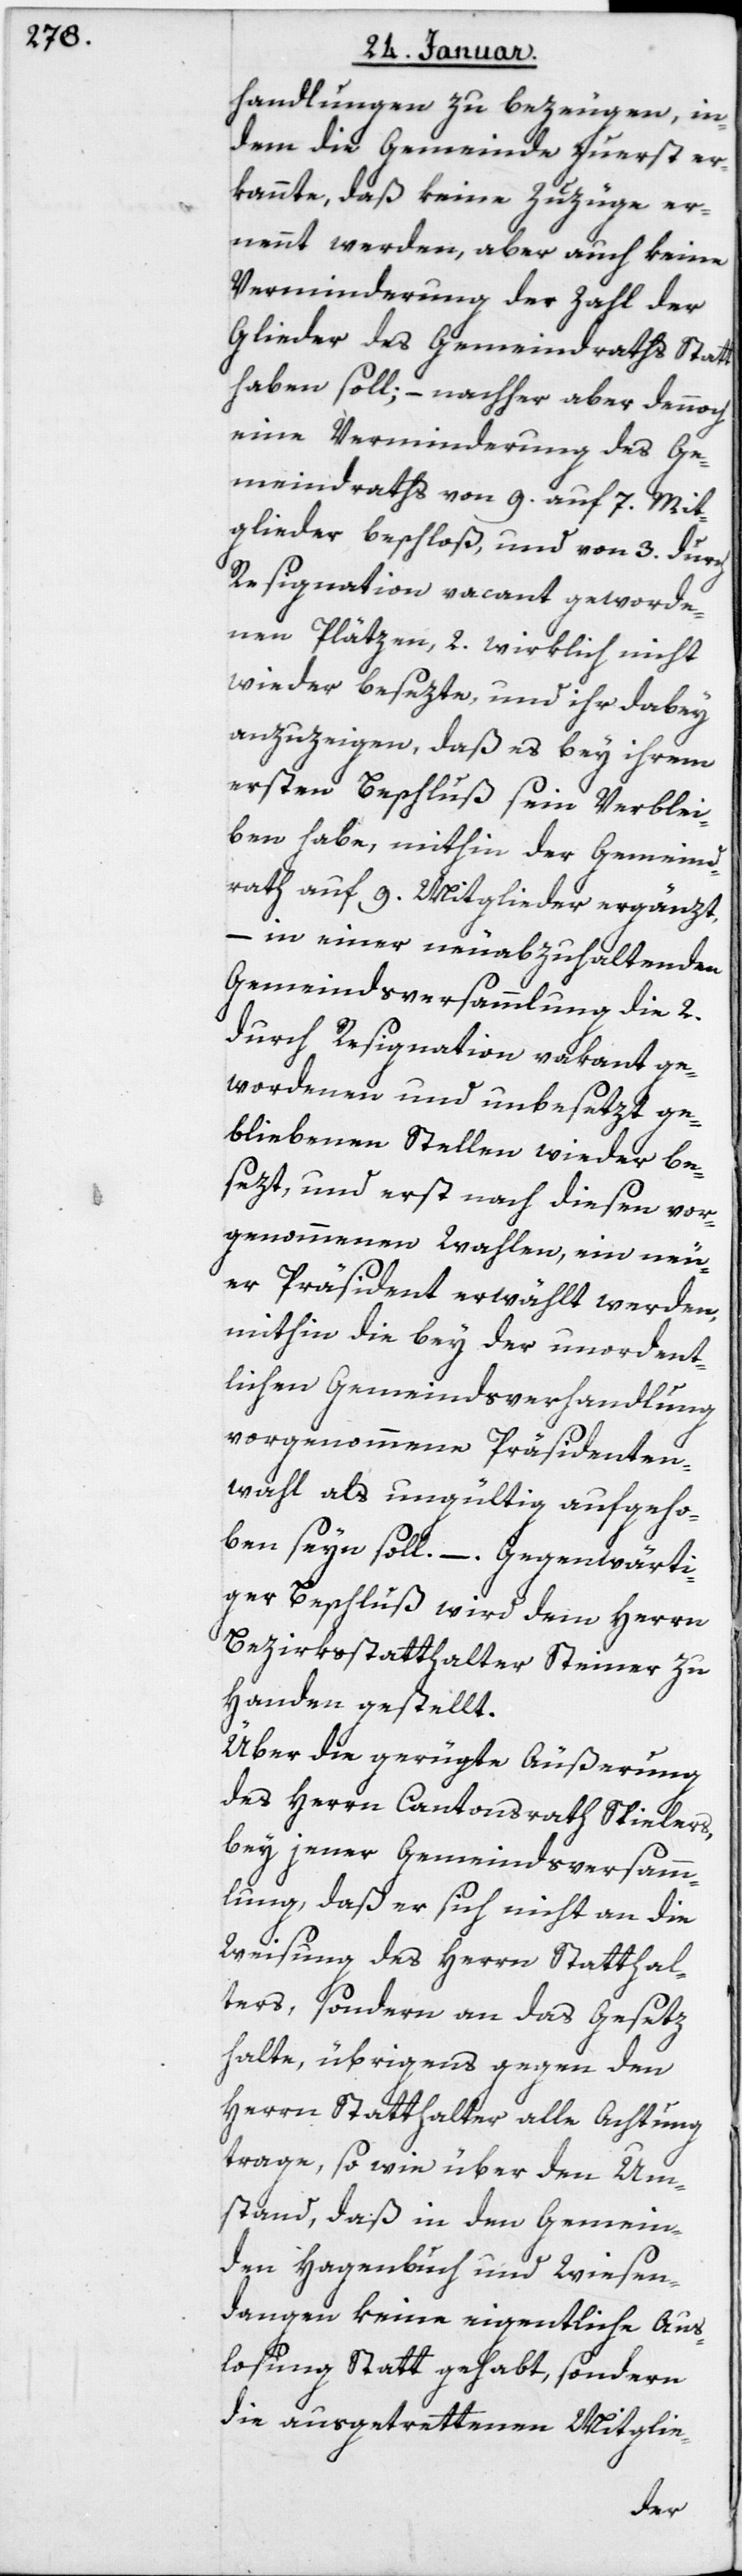
handlungen zu bezeugen, in¬
dem die Gemeinde zuerst er¬
kannte, daß keine Zuzüge er¬
nennt werden, aber auch keine
Verminderung der Zahl der
Glieder des Gemeindraths Statt
haben soll; – nachher aber dennoch
eine Verminderung des Ge¬
meindraths von 9 auf 7 Mit¬
glieder beschloß, und von 3 durch
Resignation vacant geworde¬
nen Plätzen 2 wirklich nicht
wieder besezte, und ihr dabey
anzuzeigen, daß es bey ihrem
ersten Beschluß sein Verblei¬
ben habe, mithin der Gemeind¬
rath auf 9 Mitglieder ergänzt,
– in einer neu abzuhaltenden
Gemeindsversammlung die 2
durch Resignation vakant ge¬
wordenen und unbesetzt ge¬
bliebenen Stellen wieder be¬
sezt, und erst nach diesen vor¬
genommenen Wahlen, ein neu¬
er Präsident erwählt werden,
mithin die bey der unordent¬
lichen Gemeindsverhandlung
vorgenommene Präsidenten¬
wahl als ungültig aufgeho¬
ben seyn soll. – Gegenwärti¬
ger Beschluß wird dem Herrn
Bezirksstatthalter Steiner zu
Handen gestellt.
Über die gerügte Äußerung
des Herrn Cantonsrath Spielers,
bey jener Gemeindsversamm¬
lung, daß er sich nicht an die
Weisung des Herrn Statthal¬
ters sondern an das Gesetz
halte, übrigens gegen den
Herrn Statthalter alle Achtung
trage, sowie über den Um¬
stand, daß in den Gemein¬
den Hagenbuch und Wiesen¬
dangen keine eigentliche Aus¬
losung stattgehabt, sondern
die ausgetrettenen Mitglie-